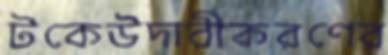
টকেউদারীকরণের